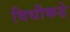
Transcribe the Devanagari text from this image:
विधीकडे